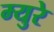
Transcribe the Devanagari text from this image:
म्‍युरे